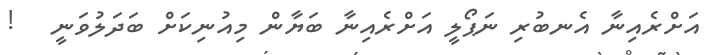
އަށްރެއިނާ އެނބުރި ނަޕޯލީ އަށްރެއިނާ ބަޔާން މިއުނިކަށް ބަދަލުވަނީ   !